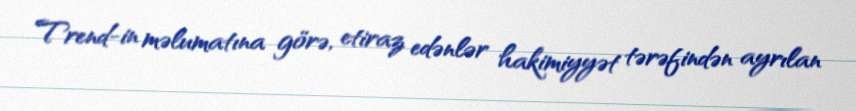
Trend-in məlumatına görə, etiraz edənlər hakimiyyət tərəfindən ayrılan